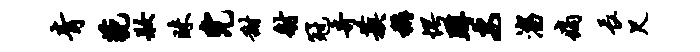
青藐妆昧完甜射冠奇蔟称愕蹲安淄痛长尺